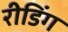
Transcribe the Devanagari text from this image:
रीडिंग